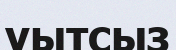
уытсыз